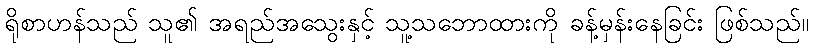
ရိုစာဟန်သည် သူ၏ အရည်အသွေးနှင့် သူ့သဘောထားကို ခန့်မှန်းနေခြင်း ဖြစ်သည်။